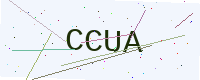
Text: CCUA